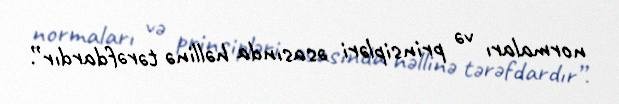
normaları və prinsipləri əsasında həllinə tərəfdardır”.